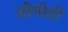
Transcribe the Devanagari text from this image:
जीपीडी